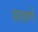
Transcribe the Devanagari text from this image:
साबणे